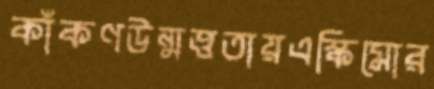
কাঁকণউন্মত্ততায়এস্কিমোর